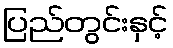
ပြည်တွင်းနှင့်